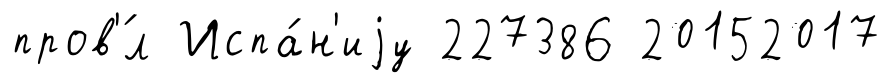
пров'́л Испа́н'иjу 227386 20152017